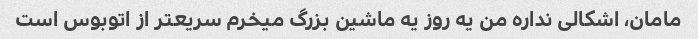
مامان، اشکالی نداره من یه روز یه ماشین بزرگ میخرم سریعتر از اتوبوس است